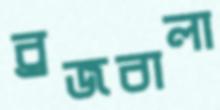
ব্রজবালা